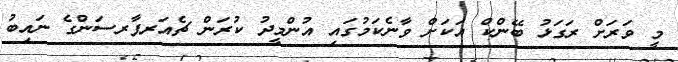
މީ ވަރަށް ރަގަޅު ބޭންކް އަކަށް ވާނެކަމުގައި އުންމީދު ކުރަން ޗެއަރޕާރސަންގެ ނައިބު